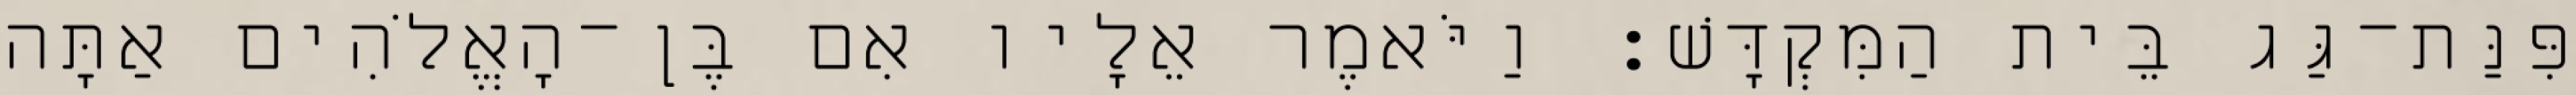
פִּנַּת־גַּג בֵּית הַמִּקְדָּשׁ׃ וַיֹּאמֶר אֵלָיו אִם בֶּן־הָאֱלֹהִים אַתָּה